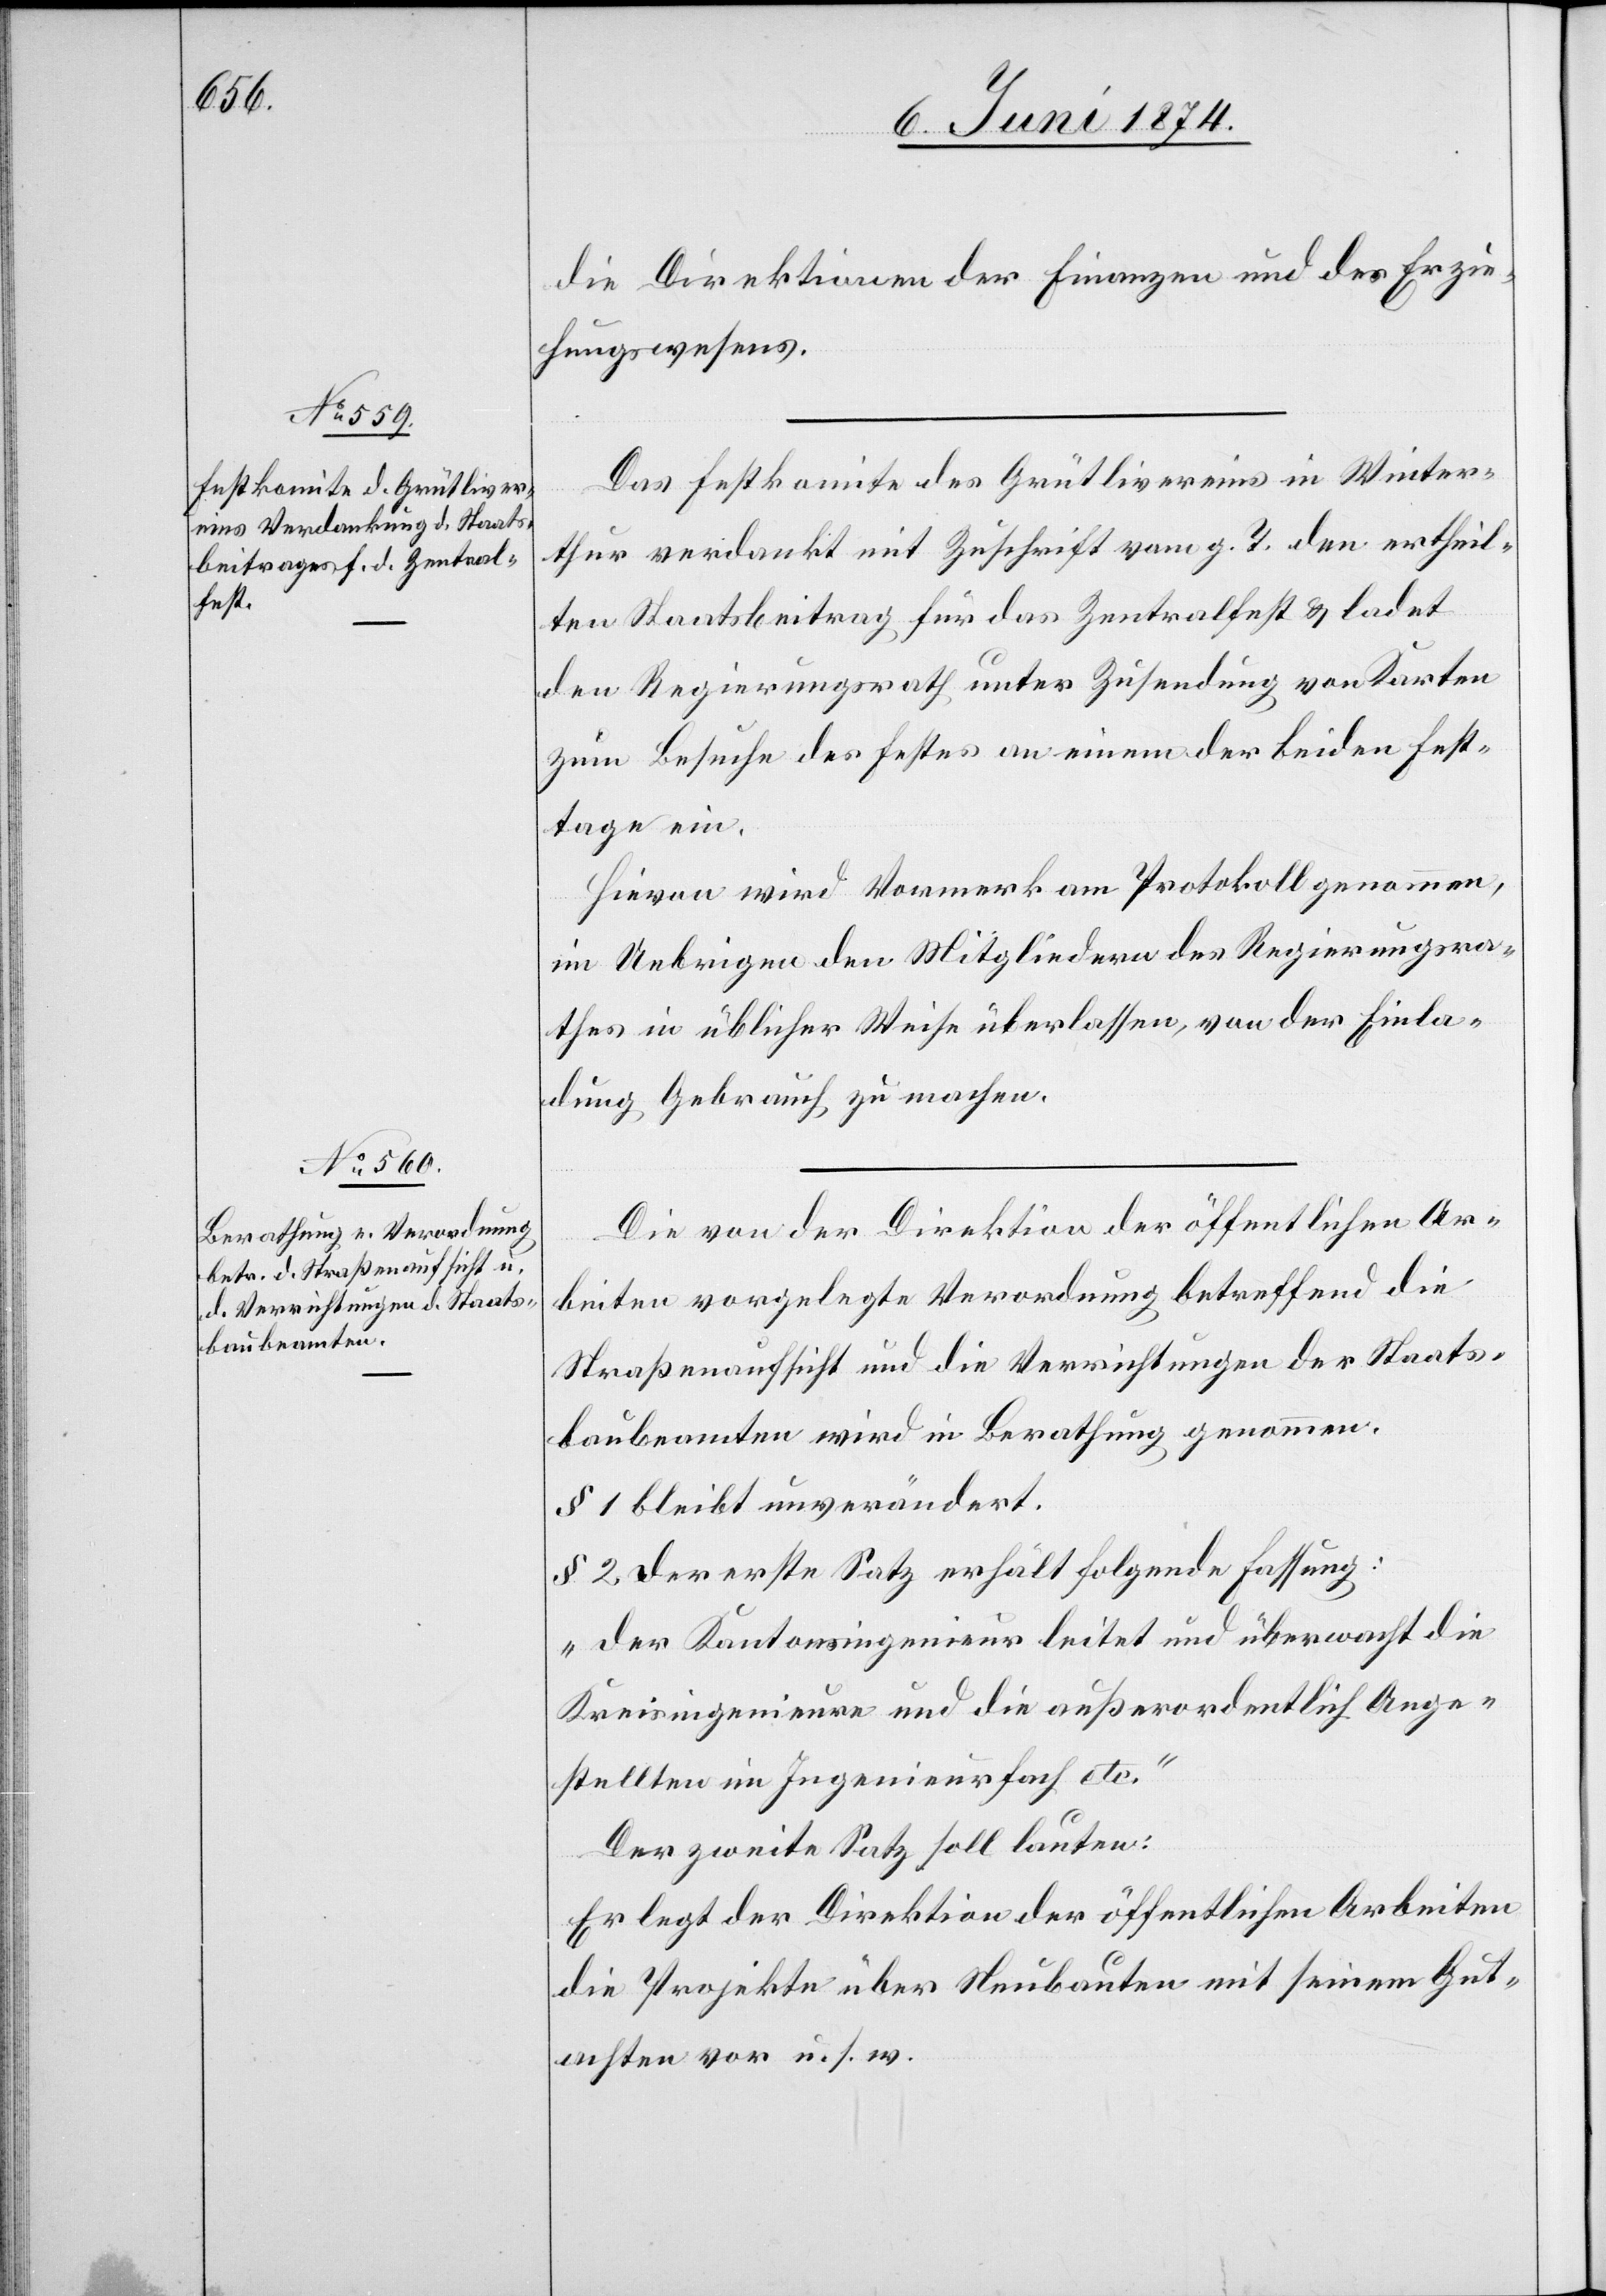
die Direktionen der Finanzen und des Erzie¬
hungswesens.
Das Festkomite des Grütlivereins in Winter¬
thur verdankt mit Zuschrift vom g. T. den ertheil¬
ten Staatsbeitrag für das Zentralfest u. ladet
den Regierungsrath unter Zusendung von Karten
zum Besuche des Festes an einem der beiden Fest¬
tage ein.
Hievon wird Vormerk am Protokoll genommen,
im Uebrigen den Mitgliedern des Regierungsra¬
thes in üblicher Weise überlassen, von der Einla¬
dung Gebrauch zu machen.
Die von der Direktion der öffentlichen Ar¬
beiten vorgelegte Verordnung betreffend die
Straßenaufsicht und die Verrichtungen der Staats¬
baubeamten wird in Berathung genommen.
§ 1 bleibt unverändert.
§ 2 der erste Satz erhält folgende Fassung:
„der Kantonsingenieur leitet und überwacht die
Kreisingenieure und die außerordentlich Ange¬
stellten im Ingenieurfach etc.“
Der zweite Satz soll lauten:
Er legt der Direktion der öffentlichen Arbeiten
die Projekte über Neubauten mit seinem Gut¬
achten vor u. s. w.